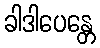
ခါဒါပေန္တေ